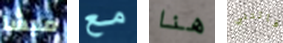
ميشا مع هنا فاتتني